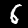
Label: 6